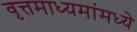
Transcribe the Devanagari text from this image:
वृत्तमाध्यमांमध्ये